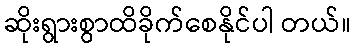
ဆိုးရွားစွာထိခိုက်စေနိုင်ပါ တယ်။